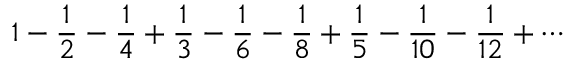
1 - { \frac { 1 } { 2 } } - { \frac { 1 } { 4 } } + { \frac { 1 } { 3 } } - { \frac { 1 } { 6 } } - { \frac { 1 } { 8 } } + { \frac { 1 } { 5 } } - { \frac { 1 } { 1 0 } } - { \frac { 1 } { 1 2 } } + \cdots